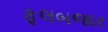
ફૂલબજાર